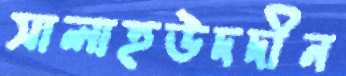
সালাহউদদীন